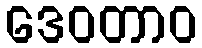
ဒေဝတာဝ